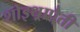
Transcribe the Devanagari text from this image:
शोइथ़्रापैती